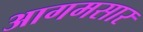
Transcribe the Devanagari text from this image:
आगमसार